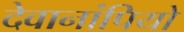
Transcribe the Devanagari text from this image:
देवानांपियो